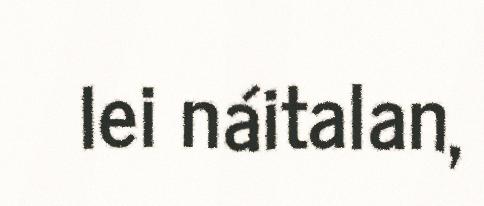
lei náitalan,